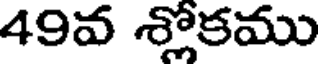
49వ శ్లోకము